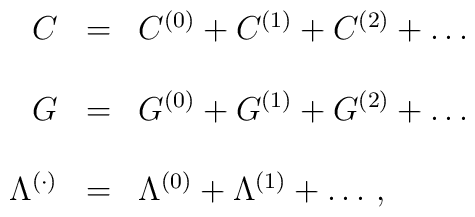
\begin{array}{rcl}C & = & C^{(0)} + C^{(1)} + C^{(2)} +\ldots \\& & \\G & = & G^{(0)} + G^{(1)} + G^{(2)} +\ldots \\& & \\\Lambda^{(\cdot)}  & = & \Lambda^{(0)} +\Lambda^{(1)} + \ldots\, , \\\end{array}